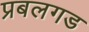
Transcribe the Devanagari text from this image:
प्रबलगड